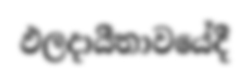
ඵලදායීතාවයේදී